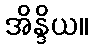
အိန္ဒိယ။